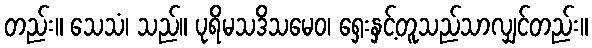
တည်း။ သေသံ၊ သည်။ ပုရိမသဒိသမေဝ၊ ရှေးနှင့်တူသည်သာလျှင်တည်း။